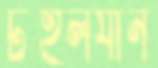
টহলযান